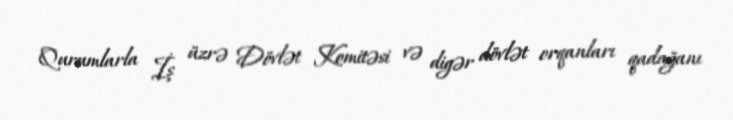
Qurumlarla İş üzrə Dövlət Komitəsi və digər dövlət orqanları qadağanı